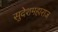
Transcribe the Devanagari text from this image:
सुदेशमहाराज